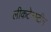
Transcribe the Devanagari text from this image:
लीकटेन्स्टीन